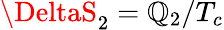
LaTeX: \DeltaS_{2}=\mathbb{Q}_{2}/T_{c}